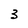
Character: 3